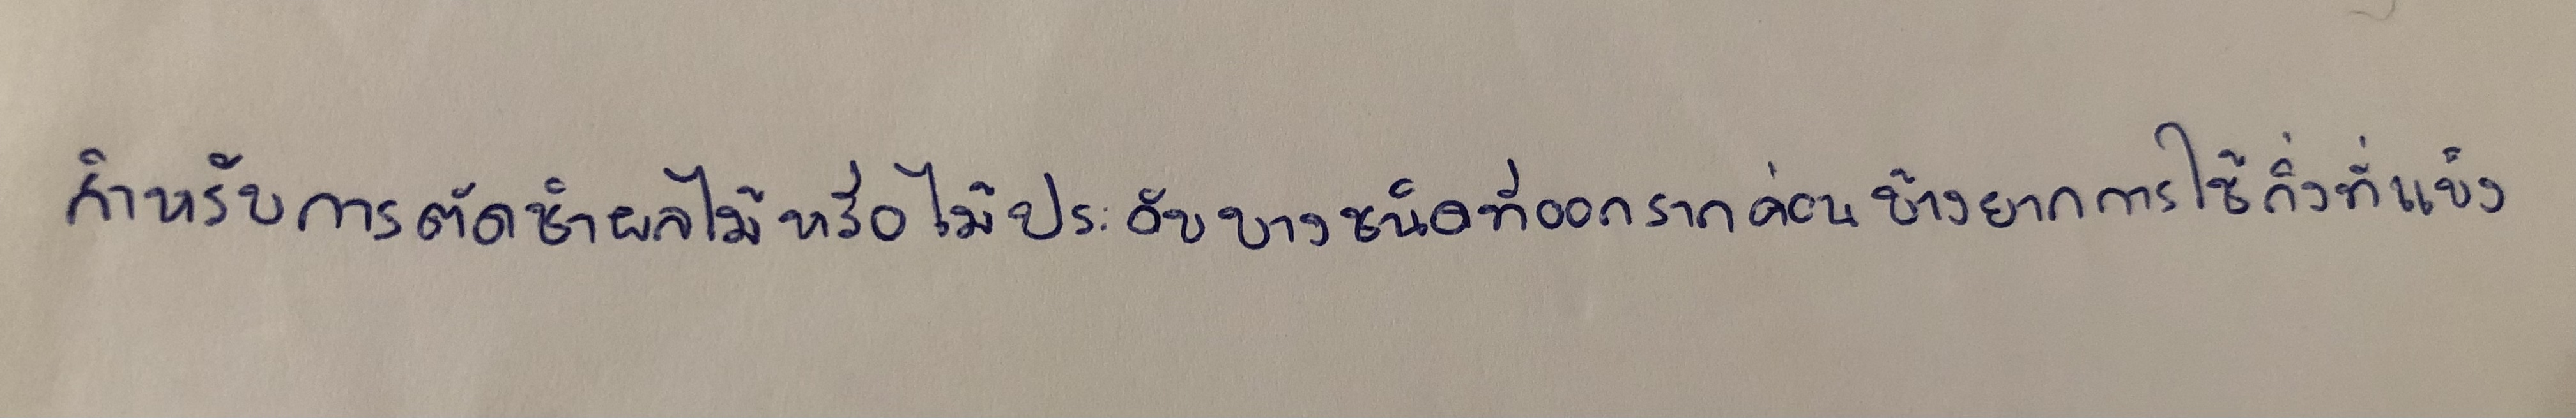
สำหรับการตัดชำไม้ผลหรือไม้ประดับบางชนิดที่ออกรากค่อนข้างยากการใช้กิ่งที่แข็ง